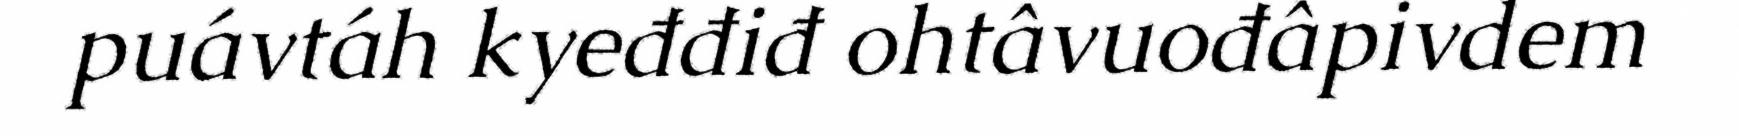
puávtáh kyeđđiđ ohtâvuođâpivdem